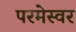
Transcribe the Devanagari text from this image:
परमेस्वर